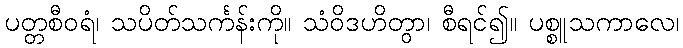
ပတ္တစီဝရံ၊ သပိတ်သင်္ကန်းကို။ သံဝိဒဟိတွာ၊ စီရင်၍။ ပစ္စူသကာလေ၊